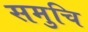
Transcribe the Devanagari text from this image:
समुचि